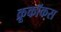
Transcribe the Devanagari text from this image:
क्रूकॉकस